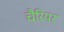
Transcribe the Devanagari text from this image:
चैरियर